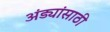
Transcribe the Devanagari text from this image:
अंड्यांसाठी